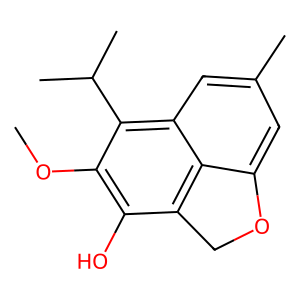
SMILES: COc1c(O)c2c3c(cc(C)cc3c1C(C)C)OC2
Inhibits HIV replication: No